Vaccination in Bombay 1869-1873 - 1869-1873
Year: 1869
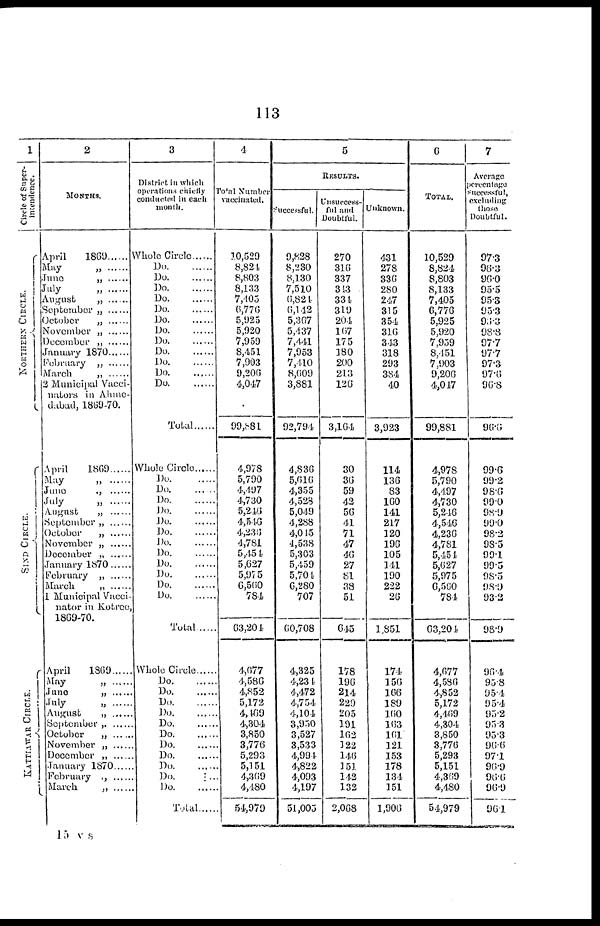
113
1
Circle of Super-
intendence.
NORTHERN CIRCLE.
SIND CIRCLE.
KATTIAWAR CIRCLE.
2
MONTHS.
April
1869
May
„
June „ ......
July
„
August „ ......
September „ ......
Octomber „ ......
November „ ......
December „ ......
January 1870 ......
February „ ......
March „ ......
2 Municipal Vacci-
nators in Ahme¬
dabad, 1869-70.
April
1869
May
„
June „ ......
July
„
August „ ......
September „ ......
October „ ......
November „ ......
December „ ......
January 1870
February „ ......
March „ ......
1 Municipal Vacci-
nator in Kotree,
1869-70.
April
1869
May
„
June „ ......
July
„
August „ .....
September „ ......
Octomber „ ......
November „ ......
December „ ......
January 1870
February „
March
„ ........
3
District in which
operations chiefly
conducted in each
month.
Whole Circle
Do. ......
Do. ......
Do.
.......
Do. ........
Do. .....
Do. ......
Do. ......
Do. ......
Do. .....
Do. ......
Do. ......
Do. .....
Total ......
Whole Circle
Do. ......
Do. .....
Do. ......
Do. ......
Do. ......
Do. ......
Do. .....
Do. .....
Do. .....
Do. .....
Do. .....
Do. .....
Total ......
Whole Circle
Do. .....
Do. ......
Do.
......
Do.
......
Do.
......
Do.
......
Do.
......
Do.
......
Do.
......
Do.
......
Do.
......
Total ........
4
Total Number
10,529
8,824
8,803
8,133
7,405
6,776
5,925
5,920
7,959
8,451
7,903
9,206
4,047
99,881
4,978
5,790
4,497
4,730
5,246
4,546
4,236
4,781
5,454
5,627
5,975
6,560
784
63,204
4,677
4,586
4,852
5,172
4,469
4,304
3,850
3,776
5,293
5,151
4,369
4,180
54,979
5
RESULTS.
Successful.
9,828
8,230
8,130
7,510
6,824
6,142
5,367
5,437
7,441
7,953
7,410
8,609
3,881
92,794
4,836
5,616
4,355
4,528
5,049
4,288
4,045
4,538
5,303
5,459
5,704
6,280
707
60,708
4,325
4,234
4,472
4,754
4,104
3,950
3,527
3,533
4,994
4,822
4,093
4,197
51,005
Unsuccess-
ful and
Doubtful.
270
316
337
343
334
319
204
167
175
180
200
213
126
3,164
30
36
59
42
56
41
71
47
46
27
81
38
51
645
178
196
214
229
205
191
162
122
146
151
142
132
2,068
Unknown.
431
278
336
280
247
315
354
316
343
318
293
384
40
3,923
114
136
83
160
141
217
120
196
105
141
190
222
26
1,851
174
156
166
189
160
163
161
121
153
178
134
151
1,906
6
TOTAL.
10,529
8,824
8,803
8,133
7,405
6,776
5,925
5,920
7,959
8,451
7,903
9,206
4,047
99,881
4,978
5,790
4,497
4,730
5,246
4,546
4,236
4,781
5,451
5,627
5,975
6,560
784
63,204
4,677
4,586
4,852
5,172
4,469
4,304
3,850
3,776
5,293
5,151
4,369
4,480
54,979
7
Average
percentage
successful,
excluding
those
Doubtful.
97.3
96.3
96.0
95.5
95.3
95.3
95.3
98.8
97.7
97.7
97.3
97.6
96.8
96.6
99.6
99.2
98.6
99.0
98.9
99.0
98.2
98.5
99.1
99.5
98.5
98.9
93.2
98.9
96.4
95.8
95.4
95.4
95.2
95.3
95.3
96.6
97.1
96.9
96.6
96.9
96.1
15 V S